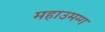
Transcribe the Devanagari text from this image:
महाउमग्ग